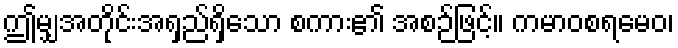
ဤမျှအတိုင်းအရှည်ရှိသော စကား၏ အစဉ်ဖြင့်။ ကမာဝစရမေဝ၊